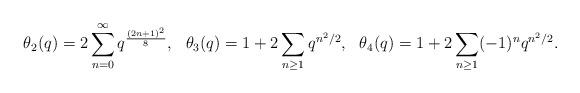
LaTeX: \begin{align*}\theta_2(q) &= 2\sum_{n = 0}^{\infty} q^{\frac{(2n+1)^2}{8}}, & \theta_3(q) &= 1+2\sum_{n\geq 1} q^{n^2/2}, & \theta_4(q) &= 1+2\sum_{n\geq 1}(-1)^nq^{n^2/2}.\end{align*}